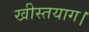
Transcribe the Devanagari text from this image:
खीस्तयाग।